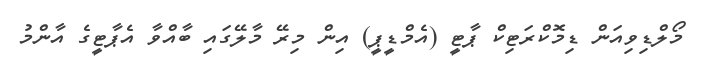
މޯލްޑިވިއަން ޑިމޮކްރަޓިކް ޕާޓީ (އެމްޑީޕީ) އިން މިރޭ މާލޭގައި ބާއްވާ އެޕާޓީގެ އާންމު